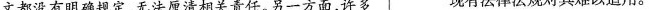
文都没有明确规定，无法厘清相关责任。另一方面，许多 现有法律法规对其难以适用。